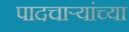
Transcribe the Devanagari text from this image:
पादचाऱ्यांच्या